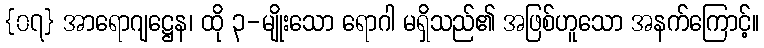
{၀၇} အာရောဂျဋ္ဌေန၊ ထို ၃-မျိုးသော ရောဂါ မရှိသည်၏ အဖြစ်ဟူသော အနက်ကြောင့်။